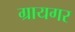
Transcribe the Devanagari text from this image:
ग्रायगर